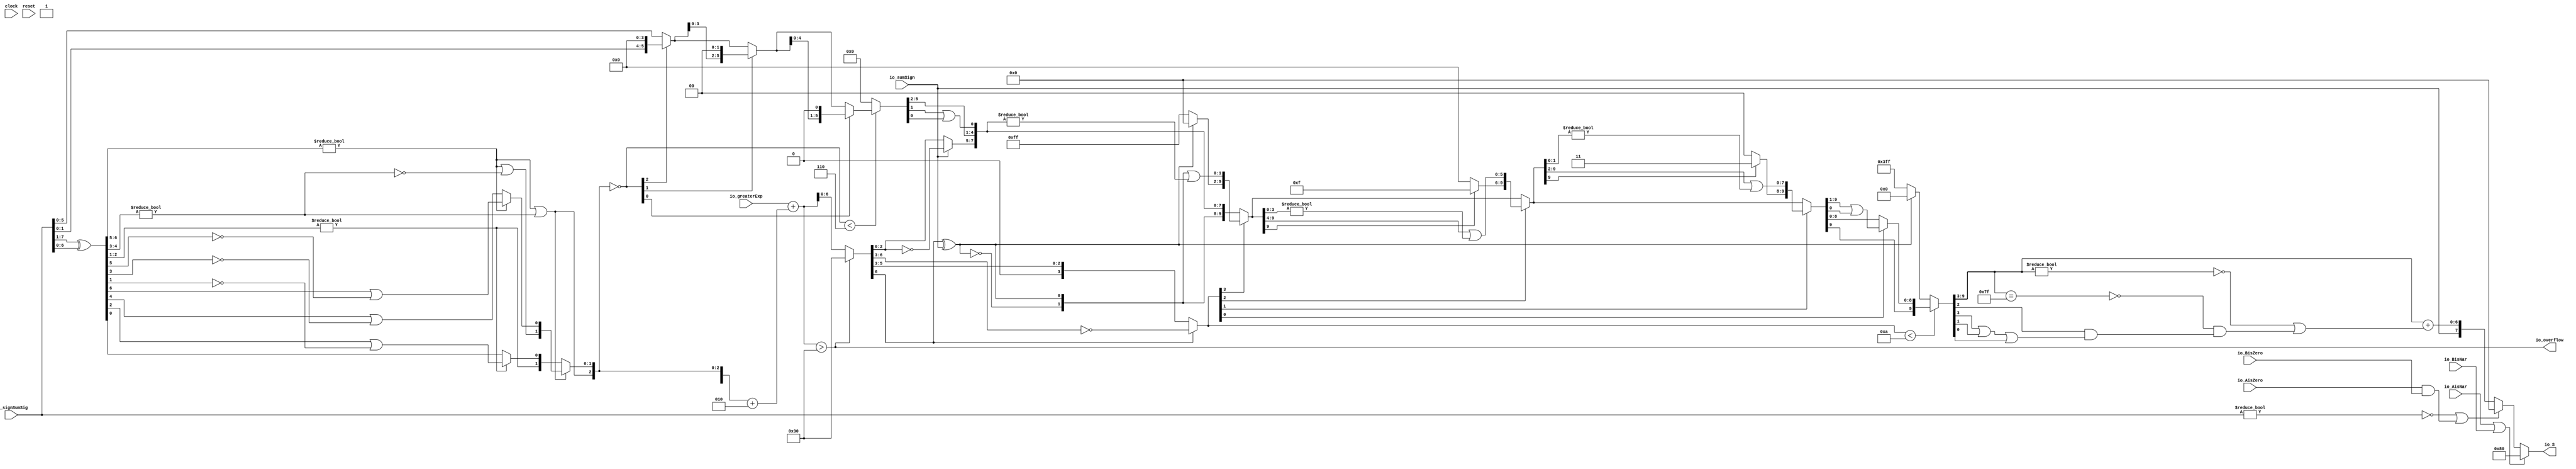
module Post_Adder8_3(
  input        clock,
  input        reset,
  input  [7:0] io_signSumSig,
  input  [6:0] io_greaterExp,
  input        io_sumSign,
  output       io_overflow,
  input        io_AisNar,
  input        io_BisNar,
  input        io_AisZero,
  input        io_BisZero,
  output [7:0] io_S
);
  wire [6:0] _T; // @[Post_Adder.scala 26:34]
  wire [6:0] _T_1; // @[Post_Adder.scala 26:72]
  wire [6:0] sumXor; // @[Post_Adder.scala 26:52]
  wire [3:0] _T_2; // @[LZD.scala 43:32]
  wire [1:0] _T_3; // @[LZD.scala 43:32]
  wire  _T_4; // @[LZD.scala 39:14]
  wire  _T_5; // @[LZD.scala 39:21]
  wire  _T_6; // @[LZD.scala 39:30]
  wire  _T_7; // @[LZD.scala 39:27]
  wire  _T_8; // @[LZD.scala 39:25]
  wire [1:0] _T_9; // @[Cat.scala 29:58]
  wire [1:0] _T_10; // @[LZD.scala 44:32]
  wire  _T_11; // @[LZD.scala 39:14]
  wire  _T_12; // @[LZD.scala 39:21]
  wire  _T_13; // @[LZD.scala 39:30]
  wire  _T_14; // @[LZD.scala 39:27]
  wire  _T_15; // @[LZD.scala 39:25]
  wire [1:0] _T_16; // @[Cat.scala 29:58]
  wire  _T_17; // @[Shift.scala 12:21]
  wire  _T_18; // @[Shift.scala 12:21]
  wire  _T_19; // @[LZD.scala 49:16]
  wire  _T_20; // @[LZD.scala 49:27]
  wire  _T_21; // @[LZD.scala 49:25]
  wire  _T_22; // @[LZD.scala 49:47]
  wire  _T_23; // @[LZD.scala 49:59]
  wire  _T_24; // @[LZD.scala 49:35]
  wire [2:0] _T_26; // @[Cat.scala 29:58]
  wire [2:0] _T_27; // @[LZD.scala 44:32]
  wire [1:0] _T_28; // @[LZD.scala 43:32]
  wire  _T_29; // @[LZD.scala 39:14]
  wire  _T_30; // @[LZD.scala 39:21]
  wire  _T_31; // @[LZD.scala 39:30]
  wire  _T_32; // @[LZD.scala 39:27]
  wire  _T_33; // @[LZD.scala 39:25]
  wire [1:0] _T_34; // @[Cat.scala 29:58]
  wire  _T_35; // @[LZD.scala 44:32]
  wire  _T_37; // @[Shift.scala 12:21]
  wire  _T_39; // @[LZD.scala 55:32]
  wire  _T_40; // @[LZD.scala 55:20]
  wire [1:0] _T_41; // @[Cat.scala 29:58]
  wire  _T_42; // @[Shift.scala 12:21]
  wire [1:0] _T_44; // @[LZD.scala 55:32]
  wire [1:0] _T_45; // @[LZD.scala 55:20]
  wire [2:0] sumLZD; // @[Cat.scala 29:58]
  wire [3:0] _T_46; // @[Cat.scala 29:58]
  wire [3:0] _T_47; // @[Post_Adder.scala 28:37]
  wire [3:0] _T_49; // @[Post_Adder.scala 28:44]
  wire [3:0] scaleBias; // @[Post_Adder.scala 28:44]
  wire [6:0] _GEN_0; // @[Post_Adder.scala 29:35]
  wire [7:0] sumScale; // @[Post_Adder.scala 29:35]
  wire [2:0] normalShift; // @[Post_Adder.scala 31:22]
  wire [5:0] _T_51; // @[Post_Adder.scala 32:39]
  wire  _T_52; // @[Shift.scala 16:24]
  wire  _T_54; // @[Shift.scala 12:21]
  wire [1:0] _T_55; // @[Shift.scala 64:52]
  wire [5:0] _T_57; // @[Cat.scala 29:58]
  wire [5:0] _T_58; // @[Shift.scala 64:27]
  wire [1:0] _T_59; // @[Shift.scala 66:70]
  wire  _T_60; // @[Shift.scala 12:21]
  wire [3:0] _T_61; // @[Shift.scala 64:52]
  wire [5:0] _T_63; // @[Cat.scala 29:58]
  wire [5:0] _T_64; // @[Shift.scala 64:27]
  wire  _T_65; // @[Shift.scala 66:70]
  wire [4:0] _T_67; // @[Shift.scala 64:52]
  wire [5:0] _T_68; // @[Cat.scala 29:58]
  wire [5:0] _T_69; // @[Shift.scala 64:27]
  wire [5:0] shiftSig; // @[Shift.scala 16:10]
  wire [7:0] _T_70; // @[Post_Adder.scala 44:24]
  wire [1:0] decS_fraction; // @[Post_Adder.scala 45:34]
  wire  decS_isNaR; // @[Post_Adder.scala 46:31]
  wire  _T_73; // @[Post_Adder.scala 47:36]
  wire  _T_74; // @[Post_Adder.scala 47:21]
  wire  _T_75; // @[Post_Adder.scala 47:54]
  wire  decS_isZero; // @[Post_Adder.scala 47:40]
  wire [1:0] _T_77; // @[Post_Adder.scala 48:33]
  wire  _T_78; // @[Post_Adder.scala 48:49]
  wire  _T_79; // @[Post_Adder.scala 48:63]
  wire  _T_80; // @[Post_Adder.scala 48:53]
  wire [6:0] _GEN_1; // @[Post_Adder.scala 41:24 Post_Adder.scala 44:18]
  wire [6:0] decS_scale; // @[Post_Adder.scala 41:24 Post_Adder.scala 44:18]
  wire [2:0] _T_83; // @[convert.scala 46:61]
  wire [2:0] _T_84; // @[convert.scala 46:52]
  wire [2:0] _T_86; // @[convert.scala 46:42]
  wire [3:0] _T_87; // @[convert.scala 48:34]
  wire  _T_88; // @[convert.scala 49:36]
  wire [3:0] _T_90; // @[convert.scala 50:36]
  wire [3:0] _T_91; // @[convert.scala 50:36]
  wire [3:0] _T_92; // @[convert.scala 50:28]
  wire  _T_93; // @[convert.scala 51:31]
  wire  _T_94; // @[convert.scala 52:43]
  wire [9:0] _T_98; // @[Cat.scala 29:58]
  wire [3:0] _T_99; // @[Shift.scala 39:17]
  wire  _T_100; // @[Shift.scala 39:24]
  wire [1:0] _T_102; // @[Shift.scala 90:30]
  wire [7:0] _T_103; // @[Shift.scala 90:48]
  wire  _T_104; // @[Shift.scala 90:57]
  wire [1:0] _GEN_2; // @[Shift.scala 90:39]
  wire [1:0] _T_105; // @[Shift.scala 90:39]
  wire  _T_106; // @[Shift.scala 12:21]
  wire  _T_107; // @[Shift.scala 12:21]
  wire [7:0] _T_109; // @[Bitwise.scala 71:12]
  wire [9:0] _T_110; // @[Cat.scala 29:58]
  wire [9:0] _T_111; // @[Shift.scala 91:22]
  wire [2:0] _T_112; // @[Shift.scala 92:77]
  wire [5:0] _T_113; // @[Shift.scala 90:30]
  wire [3:0] _T_114; // @[Shift.scala 90:48]
  wire  _T_115; // @[Shift.scala 90:57]
  wire [5:0] _GEN_3; // @[Shift.scala 90:39]
  wire [5:0] _T_116; // @[Shift.scala 90:39]
  wire  _T_117; // @[Shift.scala 12:21]
  wire  _T_118; // @[Shift.scala 12:21]
  wire [3:0] _T_120; // @[Bitwise.scala 71:12]
  wire [9:0] _T_121; // @[Cat.scala 29:58]
  wire [9:0] _T_122; // @[Shift.scala 91:22]
  wire [1:0] _T_123; // @[Shift.scala 92:77]
  wire [7:0] _T_124; // @[Shift.scala 90:30]
  wire [1:0] _T_125; // @[Shift.scala 90:48]
  wire  _T_126; // @[Shift.scala 90:57]
  wire [7:0] _GEN_4; // @[Shift.scala 90:39]
  wire [7:0] _T_127; // @[Shift.scala 90:39]
  wire  _T_128; // @[Shift.scala 12:21]
  wire  _T_129; // @[Shift.scala 12:21]
  wire [1:0] _T_131; // @[Bitwise.scala 71:12]
  wire [9:0] _T_132; // @[Cat.scala 29:58]
  wire [9:0] _T_133; // @[Shift.scala 91:22]
  wire  _T_134; // @[Shift.scala 92:77]
  wire [8:0] _T_135; // @[Shift.scala 90:30]
  wire  _T_136; // @[Shift.scala 90:48]
  wire [8:0] _GEN_5; // @[Shift.scala 90:39]
  wire [8:0] _T_138; // @[Shift.scala 90:39]
  wire  _T_140; // @[Shift.scala 12:21]
  wire [9:0] _T_141; // @[Cat.scala 29:58]
  wire [9:0] _T_142; // @[Shift.scala 91:22]
  wire [9:0] _T_145; // @[Bitwise.scala 71:12]
  wire [9:0] _T_146; // @[Shift.scala 39:10]
  wire  _T_147; // @[convert.scala 55:31]
  wire  _T_148; // @[convert.scala 56:31]
  wire  _T_149; // @[convert.scala 57:31]
  wire  _T_150; // @[convert.scala 58:31]
  wire [6:0] _T_151; // @[convert.scala 59:69]
  wire  _T_152; // @[convert.scala 59:81]
  wire  _T_153; // @[convert.scala 59:50]
  wire  _T_155; // @[convert.scala 60:81]
  wire  _T_156; // @[convert.scala 61:44]
  wire  _T_157; // @[convert.scala 61:52]
  wire  _T_158; // @[convert.scala 61:36]
  wire  _T_159; // @[convert.scala 62:63]
  wire  _T_160; // @[convert.scala 62:103]
  wire  _T_161; // @[convert.scala 62:60]
  wire [6:0] _GEN_6; // @[convert.scala 63:56]
  wire [6:0] _T_164; // @[convert.scala 63:56]
  wire [7:0] _T_165; // @[Cat.scala 29:58]
  wire [7:0] _T_167; // @[Mux.scala 87:16]
  assign _T = io_signSumSig[7:1]; // @[Post_Adder.scala 26:34]
  assign _T_1 = io_signSumSig[6:0]; // @[Post_Adder.scala 26:72]
  assign sumXor = _T ^ _T_1; // @[Post_Adder.scala 26:52]
  assign _T_2 = sumXor[6:3]; // @[LZD.scala 43:32]
  assign _T_3 = _T_2[3:2]; // @[LZD.scala 43:32]
  assign _T_4 = _T_3 != 2'h0; // @[LZD.scala 39:14]
  assign _T_5 = _T_3[1]; // @[LZD.scala 39:21]
  assign _T_6 = _T_3[0]; // @[LZD.scala 39:30]
  assign _T_7 = ~ _T_6; // @[LZD.scala 39:27]
  assign _T_8 = _T_5 | _T_7; // @[LZD.scala 39:25]
  assign _T_9 = {_T_4,_T_8}; // @[Cat.scala 29:58]
  assign _T_10 = _T_2[1:0]; // @[LZD.scala 44:32]
  assign _T_11 = _T_10 != 2'h0; // @[LZD.scala 39:14]
  assign _T_12 = _T_10[1]; // @[LZD.scala 39:21]
  assign _T_13 = _T_10[0]; // @[LZD.scala 39:30]
  assign _T_14 = ~ _T_13; // @[LZD.scala 39:27]
  assign _T_15 = _T_12 | _T_14; // @[LZD.scala 39:25]
  assign _T_16 = {_T_11,_T_15}; // @[Cat.scala 29:58]
  assign _T_17 = _T_9[1]; // @[Shift.scala 12:21]
  assign _T_18 = _T_16[1]; // @[Shift.scala 12:21]
  assign _T_19 = _T_17 | _T_18; // @[LZD.scala 49:16]
  assign _T_20 = ~ _T_18; // @[LZD.scala 49:27]
  assign _T_21 = _T_17 | _T_20; // @[LZD.scala 49:25]
  assign _T_22 = _T_9[0:0]; // @[LZD.scala 49:47]
  assign _T_23 = _T_16[0:0]; // @[LZD.scala 49:59]
  assign _T_24 = _T_17 ? _T_22 : _T_23; // @[LZD.scala 49:35]
  assign _T_26 = {_T_19,_T_21,_T_24}; // @[Cat.scala 29:58]
  assign _T_27 = sumXor[2:0]; // @[LZD.scala 44:32]
  assign _T_28 = _T_27[2:1]; // @[LZD.scala 43:32]
  assign _T_29 = _T_28 != 2'h0; // @[LZD.scala 39:14]
  assign _T_30 = _T_28[1]; // @[LZD.scala 39:21]
  assign _T_31 = _T_28[0]; // @[LZD.scala 39:30]
  assign _T_32 = ~ _T_31; // @[LZD.scala 39:27]
  assign _T_33 = _T_30 | _T_32; // @[LZD.scala 39:25]
  assign _T_34 = {_T_29,_T_33}; // @[Cat.scala 29:58]
  assign _T_35 = _T_27[0:0]; // @[LZD.scala 44:32]
  assign _T_37 = _T_34[1]; // @[Shift.scala 12:21]
  assign _T_39 = _T_34[0:0]; // @[LZD.scala 55:32]
  assign _T_40 = _T_37 ? _T_39 : _T_35; // @[LZD.scala 55:20]
  assign _T_41 = {_T_37,_T_40}; // @[Cat.scala 29:58]
  assign _T_42 = _T_26[2]; // @[Shift.scala 12:21]
  assign _T_44 = _T_26[1:0]; // @[LZD.scala 55:32]
  assign _T_45 = _T_42 ? _T_44 : _T_41; // @[LZD.scala 55:20]
  assign sumLZD = {_T_42,_T_45}; // @[Cat.scala 29:58]
  assign _T_46 = {1'h1,_T_42,_T_45}; // @[Cat.scala 29:58]
  assign _T_47 = $signed(_T_46); // @[Post_Adder.scala 28:37]
  assign _T_49 = $signed(_T_47) + $signed(4'sh2); // @[Post_Adder.scala 28:44]
  assign scaleBias = $signed(_T_49); // @[Post_Adder.scala 28:44]
  assign _GEN_0 = {{3{scaleBias[3]}},scaleBias}; // @[Post_Adder.scala 29:35]
  assign sumScale = $signed(io_greaterExp) + $signed(_GEN_0); // @[Post_Adder.scala 29:35]
  assign normalShift = ~ sumLZD; // @[Post_Adder.scala 31:22]
  assign _T_51 = io_signSumSig[5:0]; // @[Post_Adder.scala 32:39]
  assign _T_52 = normalShift < 3'h6; // @[Shift.scala 16:24]
  assign _T_54 = normalShift[2]; // @[Shift.scala 12:21]
  assign _T_55 = _T_51[1:0]; // @[Shift.scala 64:52]
  assign _T_57 = {_T_55,4'h0}; // @[Cat.scala 29:58]
  assign _T_58 = _T_54 ? _T_57 : _T_51; // @[Shift.scala 64:27]
  assign _T_59 = normalShift[1:0]; // @[Shift.scala 66:70]
  assign _T_60 = _T_59[1]; // @[Shift.scala 12:21]
  assign _T_61 = _T_58[3:0]; // @[Shift.scala 64:52]
  assign _T_63 = {_T_61,2'h0}; // @[Cat.scala 29:58]
  assign _T_64 = _T_60 ? _T_63 : _T_58; // @[Shift.scala 64:27]
  assign _T_65 = _T_59[0:0]; // @[Shift.scala 66:70]
  assign _T_67 = _T_64[4:0]; // @[Shift.scala 64:52]
  assign _T_68 = {_T_67,1'h0}; // @[Cat.scala 29:58]
  assign _T_69 = _T_65 ? _T_68 : _T_64; // @[Shift.scala 64:27]
  assign shiftSig = _T_52 ? _T_69 : 6'h0; // @[Shift.scala 16:10]
  assign _T_70 = io_overflow ? $signed(8'sh30) : $signed(sumScale); // @[Post_Adder.scala 44:24]
  assign decS_fraction = shiftSig[5:4]; // @[Post_Adder.scala 45:34]
  assign decS_isNaR = io_AisNar | io_BisNar; // @[Post_Adder.scala 46:31]
  assign _T_73 = io_signSumSig != 8'h0; // @[Post_Adder.scala 47:36]
  assign _T_74 = ~ _T_73; // @[Post_Adder.scala 47:21]
  assign _T_75 = io_AisZero & io_BisZero; // @[Post_Adder.scala 47:54]
  assign decS_isZero = _T_74 | _T_75; // @[Post_Adder.scala 47:40]
  assign _T_77 = shiftSig[3:2]; // @[Post_Adder.scala 48:33]
  assign _T_78 = shiftSig[1]; // @[Post_Adder.scala 48:49]
  assign _T_79 = shiftSig[0]; // @[Post_Adder.scala 48:63]
  assign _T_80 = _T_78 | _T_79; // @[Post_Adder.scala 48:53]
  assign _GEN_1 = _T_70[6:0]; // @[Post_Adder.scala 41:24 Post_Adder.scala 44:18]
  assign decS_scale = $signed(_GEN_1); // @[Post_Adder.scala 41:24 Post_Adder.scala 44:18]
  assign _T_83 = decS_scale[2:0]; // @[convert.scala 46:61]
  assign _T_84 = ~ _T_83; // @[convert.scala 46:52]
  assign _T_86 = io_sumSign ? _T_84 : _T_83; // @[convert.scala 46:42]
  assign _T_87 = decS_scale[6:3]; // @[convert.scala 48:34]
  assign _T_88 = _T_87[3:3]; // @[convert.scala 49:36]
  assign _T_90 = ~ _T_87; // @[convert.scala 50:36]
  assign _T_91 = $signed(_T_90); // @[convert.scala 50:36]
  assign _T_92 = _T_88 ? $signed(_T_91) : $signed(_T_87); // @[convert.scala 50:28]
  assign _T_93 = _T_88 ^ io_sumSign; // @[convert.scala 51:31]
  assign _T_94 = ~ _T_93; // @[convert.scala 52:43]
  assign _T_98 = {_T_94,_T_93,_T_86,decS_fraction,_T_77,_T_80}; // @[Cat.scala 29:58]
  assign _T_99 = $unsigned(_T_92); // @[Shift.scala 39:17]
  assign _T_100 = _T_99 < 4'ha; // @[Shift.scala 39:24]
  assign _T_102 = _T_98[9:8]; // @[Shift.scala 90:30]
  assign _T_103 = _T_98[7:0]; // @[Shift.scala 90:48]
  assign _T_104 = _T_103 != 8'h0; // @[Shift.scala 90:57]
  assign _GEN_2 = {{1'd0}, _T_104}; // @[Shift.scala 90:39]
  assign _T_105 = _T_102 | _GEN_2; // @[Shift.scala 90:39]
  assign _T_106 = _T_99[3]; // @[Shift.scala 12:21]
  assign _T_107 = _T_98[9]; // @[Shift.scala 12:21]
  assign _T_109 = _T_107 ? 8'hff : 8'h0; // @[Bitwise.scala 71:12]
  assign _T_110 = {_T_109,_T_105}; // @[Cat.scala 29:58]
  assign _T_111 = _T_106 ? _T_110 : _T_98; // @[Shift.scala 91:22]
  assign _T_112 = _T_99[2:0]; // @[Shift.scala 92:77]
  assign _T_113 = _T_111[9:4]; // @[Shift.scala 90:30]
  assign _T_114 = _T_111[3:0]; // @[Shift.scala 90:48]
  assign _T_115 = _T_114 != 4'h0; // @[Shift.scala 90:57]
  assign _GEN_3 = {{5'd0}, _T_115}; // @[Shift.scala 90:39]
  assign _T_116 = _T_113 | _GEN_3; // @[Shift.scala 90:39]
  assign _T_117 = _T_112[2]; // @[Shift.scala 12:21]
  assign _T_118 = _T_111[9]; // @[Shift.scala 12:21]
  assign _T_120 = _T_118 ? 4'hf : 4'h0; // @[Bitwise.scala 71:12]
  assign _T_121 = {_T_120,_T_116}; // @[Cat.scala 29:58]
  assign _T_122 = _T_117 ? _T_121 : _T_111; // @[Shift.scala 91:22]
  assign _T_123 = _T_112[1:0]; // @[Shift.scala 92:77]
  assign _T_124 = _T_122[9:2]; // @[Shift.scala 90:30]
  assign _T_125 = _T_122[1:0]; // @[Shift.scala 90:48]
  assign _T_126 = _T_125 != 2'h0; // @[Shift.scala 90:57]
  assign _GEN_4 = {{7'd0}, _T_126}; // @[Shift.scala 90:39]
  assign _T_127 = _T_124 | _GEN_4; // @[Shift.scala 90:39]
  assign _T_128 = _T_123[1]; // @[Shift.scala 12:21]
  assign _T_129 = _T_122[9]; // @[Shift.scala 12:21]
  assign _T_131 = _T_129 ? 2'h3 : 2'h0; // @[Bitwise.scala 71:12]
  assign _T_132 = {_T_131,_T_127}; // @[Cat.scala 29:58]
  assign _T_133 = _T_128 ? _T_132 : _T_122; // @[Shift.scala 91:22]
  assign _T_134 = _T_123[0:0]; // @[Shift.scala 92:77]
  assign _T_135 = _T_133[9:1]; // @[Shift.scala 90:30]
  assign _T_136 = _T_133[0:0]; // @[Shift.scala 90:48]
  assign _GEN_5 = {{8'd0}, _T_136}; // @[Shift.scala 90:39]
  assign _T_138 = _T_135 | _GEN_5; // @[Shift.scala 90:39]
  assign _T_140 = _T_133[9]; // @[Shift.scala 12:21]
  assign _T_141 = {_T_140,_T_138}; // @[Cat.scala 29:58]
  assign _T_142 = _T_134 ? _T_141 : _T_133; // @[Shift.scala 91:22]
  assign _T_145 = _T_107 ? 10'h3ff : 10'h0; // @[Bitwise.scala 71:12]
  assign _T_146 = _T_100 ? _T_142 : _T_145; // @[Shift.scala 39:10]
  assign _T_147 = _T_146[3]; // @[convert.scala 55:31]
  assign _T_148 = _T_146[2]; // @[convert.scala 56:31]
  assign _T_149 = _T_146[1]; // @[convert.scala 57:31]
  assign _T_150 = _T_146[0]; // @[convert.scala 58:31]
  assign _T_151 = _T_146[9:3]; // @[convert.scala 59:69]
  assign _T_152 = _T_151 != 7'h0; // @[convert.scala 59:81]
  assign _T_153 = ~ _T_152; // @[convert.scala 59:50]
  assign _T_155 = _T_151 == 7'h7f; // @[convert.scala 60:81]
  assign _T_156 = _T_147 | _T_149; // @[convert.scala 61:44]
  assign _T_157 = _T_156 | _T_150; // @[convert.scala 61:52]
  assign _T_158 = _T_148 & _T_157; // @[convert.scala 61:36]
  assign _T_159 = ~ _T_155; // @[convert.scala 62:63]
  assign _T_160 = _T_159 & _T_158; // @[convert.scala 62:103]
  assign _T_161 = _T_153 | _T_160; // @[convert.scala 62:60]
  assign _GEN_6 = {{6'd0}, _T_161}; // @[convert.scala 63:56]
  assign _T_164 = _T_151 + _GEN_6; // @[convert.scala 63:56]
  assign _T_165 = {io_sumSign,_T_164}; // @[Cat.scala 29:58]
  assign _T_167 = decS_isZero ? 8'h0 : _T_165; // @[Mux.scala 87:16]
  assign io_overflow = $signed(sumScale) > $signed(8'sh30); // @[Post_Adder.scala 30:18]
  assign io_S = decS_isNaR ? 8'h80 : _T_167; // @[Post_Adder.scala 49:7]
endmodule